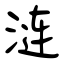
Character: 涟